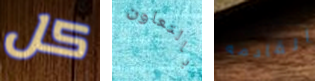
كل بالتعاون القادمه